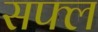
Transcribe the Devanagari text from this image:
सफ्ल